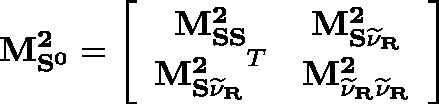
\mathbf { M _ { S ^ { 0 } } ^ { 2 } } = \left[ \begin{array} { c c } { { \mathbf { M _ { S S } ^ { 2 } } } } & { { \mathbf { M _ { S \widetilde { \nu } _ { R } } ^ { 2 } } } } \\ { { \mathbf { M _ { S \widetilde { \nu } _ { R } } ^ { 2 } } ^ { T } } } & { { \mathbf { M _ { \widetilde { \nu } _ { R } \widetilde { \nu } _ { R } } ^ { 2 } } } } \end{array} \right]